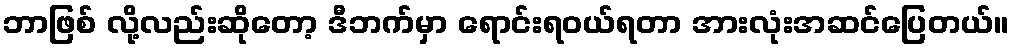
ဘာဖြစ် လို့လည်းဆိုတော့ ဒီဘက်မှာ ရောင်းရဝယ်ရတာ အားလုံးအဆင်ပြေတယ်။